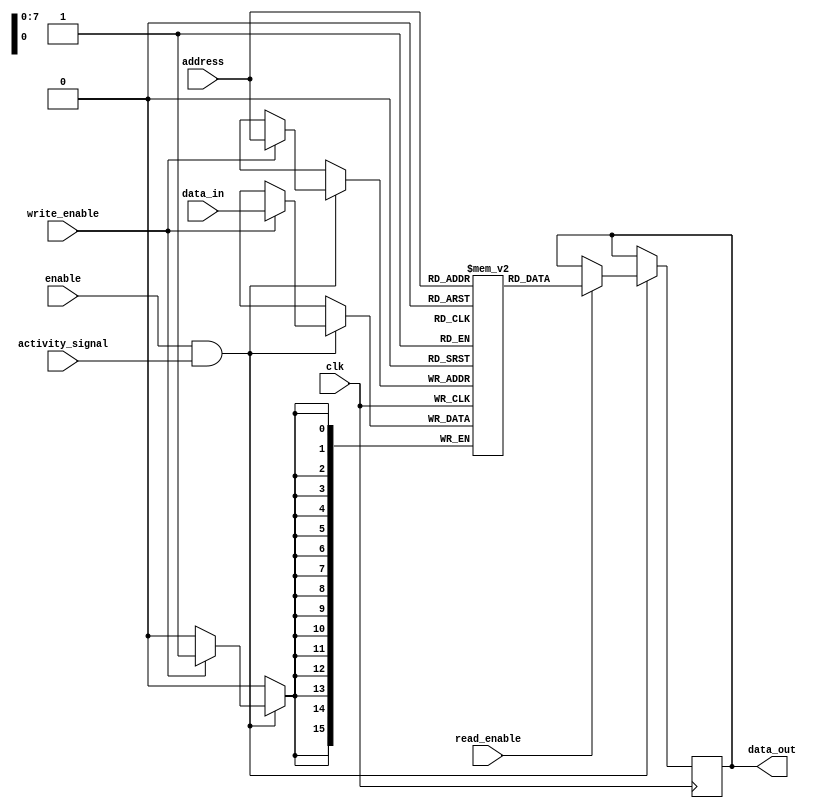
module memory_block (
    input wire clk,               // Primary clock signal
    input wire [7:0] address,     // Address for memory access
    input wire write_enable,      // Write enable signal
    input wire read_enable,       // Read enable signal
    input wire activity_signal,    // Activity signal for clock gating
    input wire enable,            // Enable signal for memory block
    output reg [15:0] data_out,    // Data output
    input wire [15:0] data_in     // Data input
);

    reg [15:0] mem [255:0]; // Memory array (256 x 16 bits)

    always @(posedge clk) begin
        if (enable && activity_signal) begin
            if (write_enable) begin
                mem[address] <= data_in; // Write data to memory
            end
            if (read_enable) begin
                data_out <= mem[address]; // Read data from memory
            end
        end
    end
endmodule